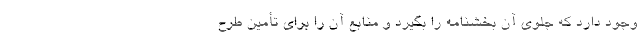
وجود دارد که جلوی آن بخشنامه را بگیرد و منابع آن را برای تأمین طرح